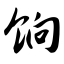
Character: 饷